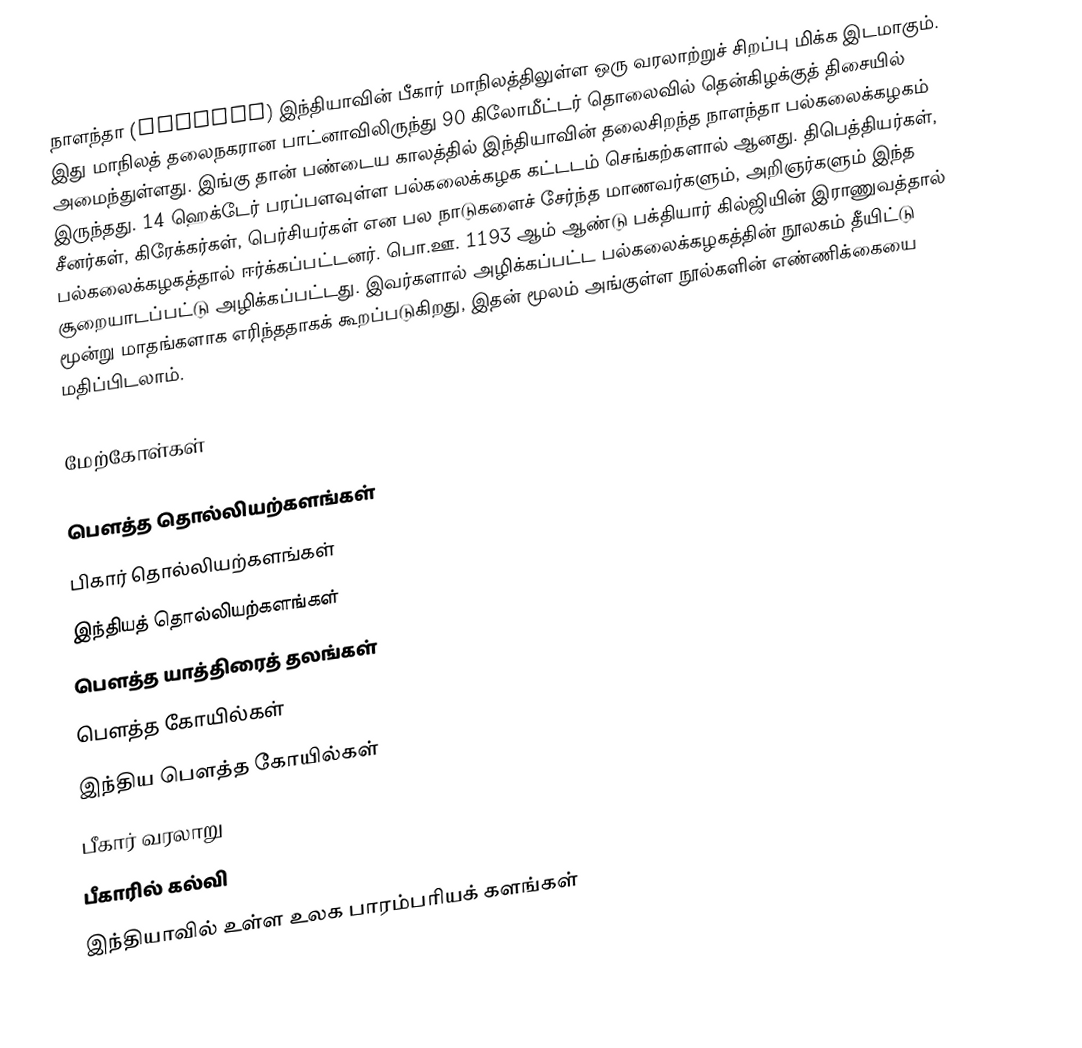
நாளந்தா (Nalanda) இந்தியாவின் பீகார் மாநிலத்திலுள்ள ஒரு வரலாற்றுச் சிறப்பு மிக்க இடமாகும். இது மாநிலத் தலைநகரான பாட்னாவிலிருந்து 90 கிலோமீட்டர் தொலைவில் தென்கிழக்குத் திசையில் அமைந்துள்ளது. இங்கு தான் பண்டைய காலத்தில் இந்தியாவின் தலைசிறந்த நாளந்தா பல்கலைக்கழகம் இருந்தது. 14 ஹெக்டேர் பரப்பளவுள்ள பல்கலைக்கழக கட்டடம் செங்கற்களால் ஆனது. திபெத்தியர்கள், சீனர்கள், கிரேக்கர்கள், பெர்சியர்கள் என பல நாடுகளைச் சேர்ந்த மாணவர்களும், அறிஞர்களும் இந்த பல்கலைக்கழகத்தால் ஈர்க்கப்பட்டனர். பொ.ஊ. 1193 ஆம் ஆண்டு பக்தியார் கில்ஜியின் இராணுவத்தால் சூறையாடப்பட்டு அழிக்கப்பட்டது. இவர்களால் அழிக்கப்பட்ட பல்கலைக்கழகத்தின் நூலகம் தீயிட்டு மூன்று மாதங்களாக எரிந்ததாகக் கூறப்படுகிறது, இதன் மூலம் அங்குள்ள நூல்களின் எண்ணிக்கையை மதிப்பிடலாம்.

மேற்கோள்கள்

பௌத்த தொல்லியற்களங்கள்
பிகார் தொல்லியற்களங்கள்
இந்தியத் தொல்லியற்களங்கள்
பௌத்த யாத்திரைத் தலங்கள்
பௌத்த கோயில்கள்
இந்திய பௌத்த கோயில்கள்
பீகார் வரலாறு
பீகாரில் கல்வி
இந்தியாவில் உள்ள உலக பாரம்பரியக் களங்கள்